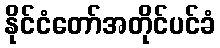
နိုင်ငံတော်အတိုင်ပင်ခံ